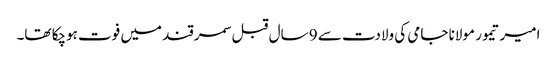
امیر تیمور مولانا جامی کی ولادت سے 9 سال قبل سمرقند میں فوت ہوچکا تھا۔